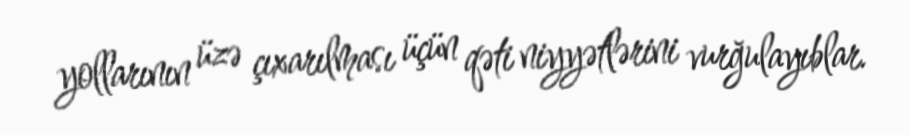
yollarının üzə çıxarılması üçün qəti niyyətlərini vurğulayıblar.